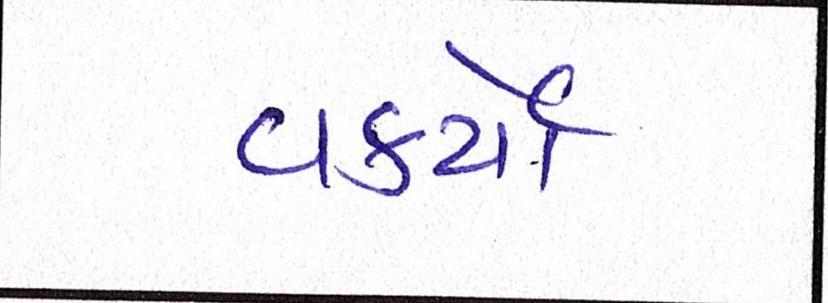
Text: વકર્યો